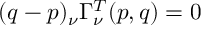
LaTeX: ( q - p ) _ { \nu } \Gamma _ { \nu } ^ { T } ( p , q ) = 0